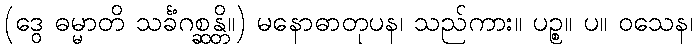
(ဒွေ ဓမ္မာတိ သင်္ခံဂစ္ဆန္တိ။) မနောဓာတုပန၊ သည်ကား။ ပဉ္စ။ ပ။ ဝသေန၊